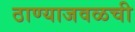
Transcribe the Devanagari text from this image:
ठाण्याजवळची